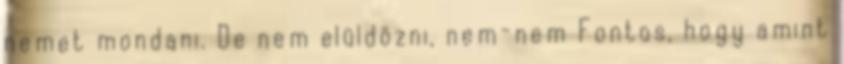
nemet mondani. De nem elüldözni, nem-nem Fontos, hogy amint